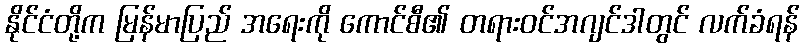
နိုင်ငံတို့က မြန်မာပြည် အရေးကို ကောင်စီ၏ တရားဝင်အဂျင်ဒါတွင် လက်ခံရန်